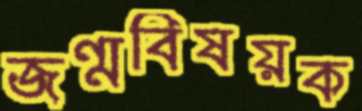
জন্মবিষয়ক